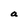
Character: a